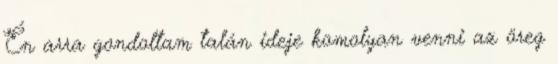
Én arra gondoltam talán ideje komolyan venni az öreg